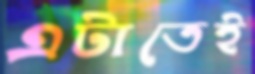
এটাতেই